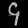
Digit: ၄